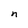
Character: n